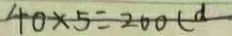
4 0 \times 5 = 2 0 0 c d